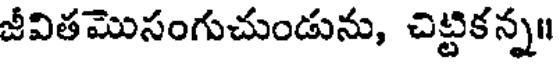
జీవితమొసంగుచుండును, చిట్టికన్న॥